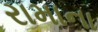
રામાના